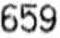
659